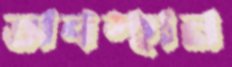
অবস্হান